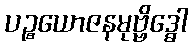
ပဉ္စယောဇနမုဗ္ဗိဒ္ဓေါ